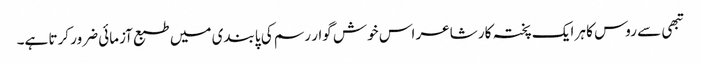
تبھی سے روس کا ہر ایک پختہ کار شاعر اس خوش گوار رسم کی پابندی میں طبع آزمائی ضرور کرتا ہے۔